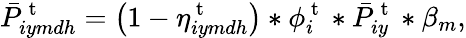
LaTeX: \bar{P}_{iymdh}^{\mathrm{~t~}}=\left(1-\eta_{iymdh}^{\mathrm{~t~}}\right)*\phi_{i}^{\mathrm{~t~}}*\bar{P}_{iy}^{\mathrm{~t~}}*\beta_{m},